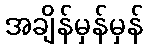
အချိန်မှန်မှန်